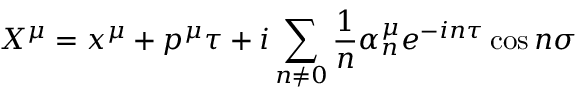
X ^ { \mu } = x ^ { \mu } + p ^ { \mu } \tau + i \sum _ { n \neq 0 } \frac { 1 } { n } { \alpha } _ { n } ^ { \mu } e ^ { - i n \tau } \cos { n \sigma }